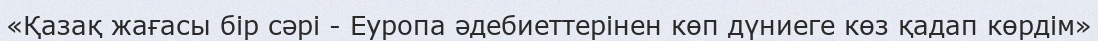
«Қазақ жағасы бір сәрі - Еуропа әдебиеттерінен көп дүниеге көз қадап көрдім»